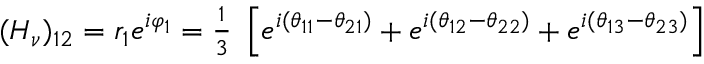
\begin{array} { c } { { ( H _ { \nu } ) _ { 1 2 } = r _ { 1 } e ^ { i \varphi _ { 1 } } = { \frac 1 3 \ } \left[ e ^ { i ( \theta _ { 1 1 } - \theta _ { 2 1 } ) } + e ^ { i ( \theta _ { 1 2 } - \theta _ { 2 2 } ) } + e ^ { i ( \theta _ { 1 3 } - \theta _ { 2 3 } ) } \right] } } \end{array}